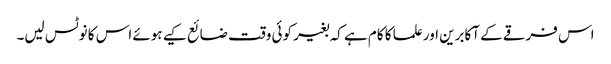
اس فرقے کے آکابرین اور علما کا کام ہے کہ بغیر کوئی وقت ضائع کیے ہوئے اس کا نوٹس لیں۔